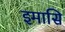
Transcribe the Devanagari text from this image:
इमासि